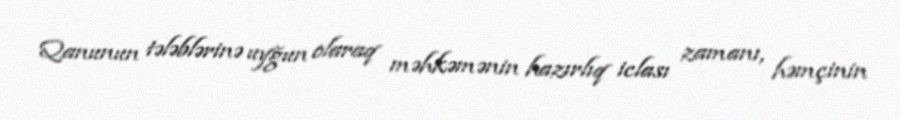
Qanunun tələblərinə uyğun olaraq məhkəmənin hazırlıq iclası zamanı, həmçinin